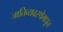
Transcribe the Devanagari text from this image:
जातिव्यवस्थेमधून